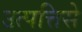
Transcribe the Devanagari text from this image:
उत्पत्तिसे